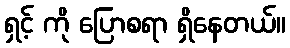
ရှင့် ကို ပြောစရာ ရှိနေတယ်။